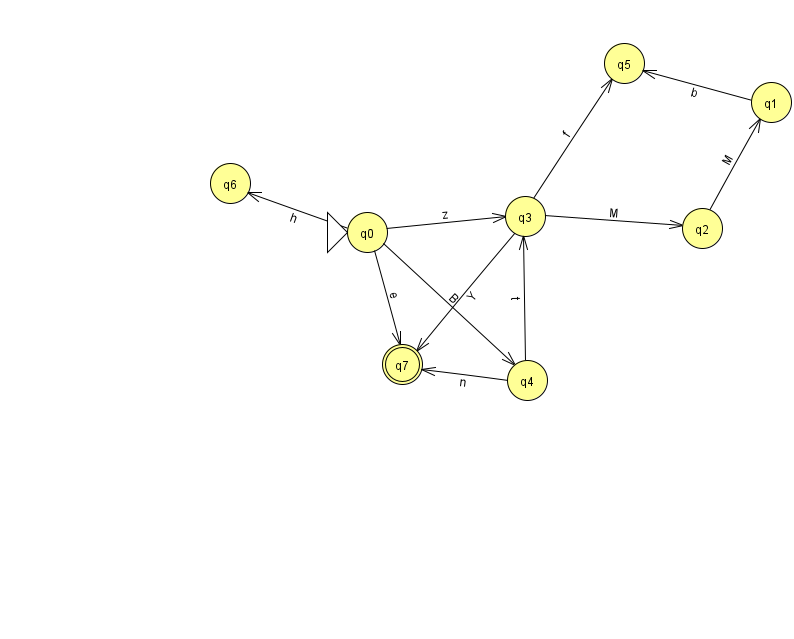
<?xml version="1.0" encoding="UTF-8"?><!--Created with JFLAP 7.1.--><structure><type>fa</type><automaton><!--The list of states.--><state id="0" name="q0"><x>367.0</x><y>219.0</y><initial/></state><state id="1" name="q1"><x>771.0</x><y>89.0</y></state><state id="2" name="q2"><x>702.0</x><y>215.0</y></state><state id="3" name="q3"><x>525.0</x><y>203.0</y></state><state id="4" name="q4"><x>527.0</x><y>367.0</y></state><state id="5" name="q5"><x>624.0</x><y>50.0</y></state><state id="6" name="q6"><x>230.0</x><y>170.0</y></state><state id="7" name="q7"><x>402.0</x><y>351.0</y><final/></state><!--The list of transitions.--><transition><from>0</from><to>3</to><read>z</read></transition><transition><from>0</from><to>6</to><read>h</read></transition><transition><from>4</from><to>3</to><read>t</read></transition><transition><from>1</from><to>5</to><read>b</read></transition><transition><from>0</from><to>4</to><read>B</read></transition><transition><from>2</from><to>1</to><read>M</read></transition><transition><from>3</from><to>2</to><read>M</read></transition><transition><from>3</from><to>7</to><read>Y</read></transition><transition><from>0</from><to>7</to><read>e</read></transition><transition><from>3</from><to>5</to><read>f</read></transition><transition><from>4</from><to>7</to><read>n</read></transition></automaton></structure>